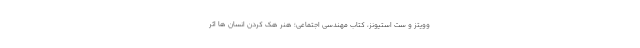
وویتز و ست استیونز، کتاب مهندسی اجتماعی؛ هنر هک کردن انسان ها اثر